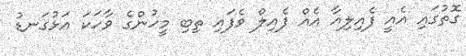
ގޮތުގައި އެއީ ފެއިލިއާ އެއް ފެއިލް ވެފައި ތިބި މީހުންގެ ވާހަކަ އަޅުގަނޑު